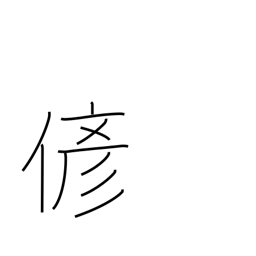
Meaning: fake